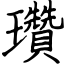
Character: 瓚